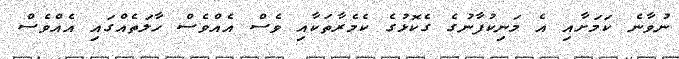
ނުވާނެ ކަމަށާއި އެ މަނިކުފާނުގެ ގެކޮޅުގެ ކެމެރާތަކާއި ވެސް އެއްވެސް ހާލަތެއްގައި އެއްވެސް